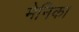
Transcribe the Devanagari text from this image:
मेनिका